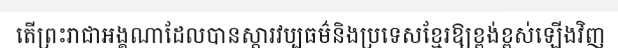
តើព្រះរាជាអង្គណាដែលបានស្តារវប្បធម៌និងប្រទេសខ្មែរឱ្យខ្ពង់ខ្ពស់ឡើងវិញ